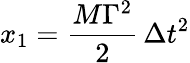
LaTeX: x_{1}={\frac{M\Gamma^{2}}{2}}\, \Delta t^{2}